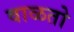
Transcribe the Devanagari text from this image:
वाळतो